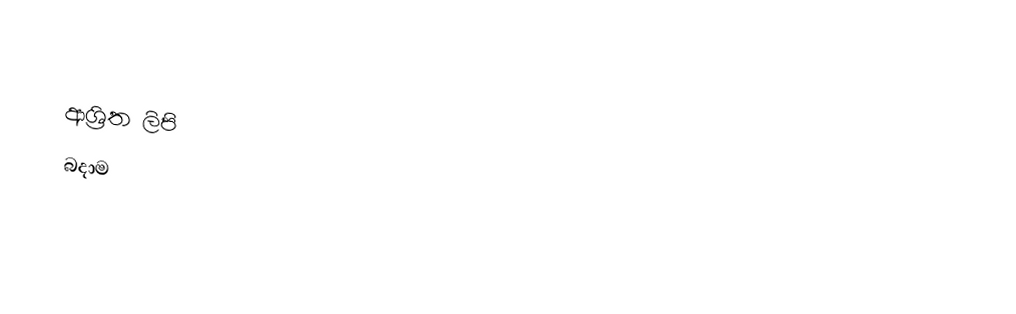

ආශ්‍රිත ලිපි
 බදාම